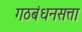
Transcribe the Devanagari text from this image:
गठबंधनसत्ता